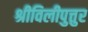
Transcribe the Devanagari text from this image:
श्रीविलीपुत्तुर